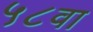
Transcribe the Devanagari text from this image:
५८वा